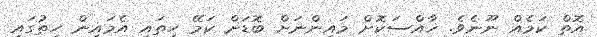
އޮތް ކަމެއް ނޫނެވެ. ޚާއްސަކޮށް މައިންނަށް ބޮޑަށް ކަމޭ ހިތައި އެމައިން ހިތުގައި